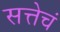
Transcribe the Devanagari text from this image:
सत्तेचं